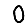
Digit: 0